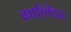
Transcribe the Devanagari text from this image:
स्पलिंटर